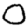
Digit: 0